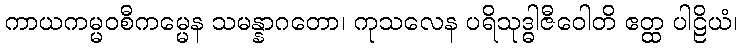
ကာယကမ္မဝစီကမ္မေန သမန္နာဂတော၊ ကုသလေန ပရိသုဒ္ဓါဇီဝေါတိ ဧတ္ထ ပါဠိယံ၊